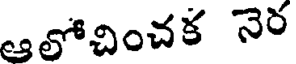
ఆలోచించక నెర